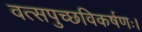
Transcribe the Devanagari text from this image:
वत्सपुच्छविकर्षणः।